Lock hospitals Punjab
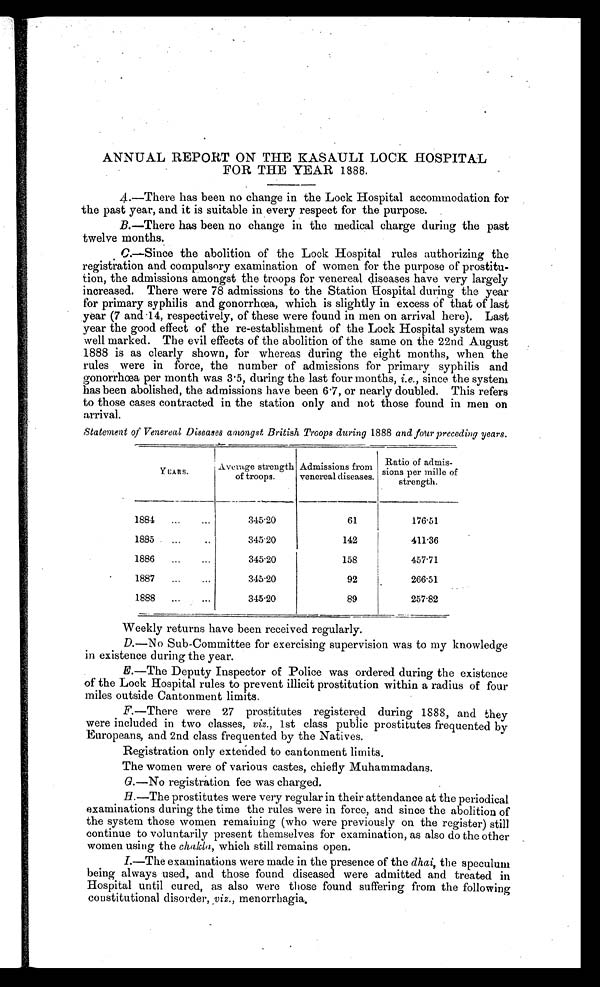
ANNUAL REPORT ON THE KASAULI LOCK HOSPITAL
FOR THE YEAR 1888.
A
.—There has been no change in the Lock Hospital accommodation for
the past year, and it is suitable in every respect for the purpose.
B. —There has been no change in the medical charge during the past
twelve months.
C.—Since the abolition of the Lock Hospital rules authorizing the
registration and compulsory examination of women for the purpose of prostitu--
tion, the admissions amongst the troops for venereal diseases have very largely
increased. There were 78 admissions to the Station Hospital during the year
for primary syphilis and gonorrhœa, which is slightly in excess of that of last
year (7 and .14, respectively, of these were found in men on arrival here). Last
year the good effect of the re-establishment of the Lock Hospital system was
well marked. The evil effects of the abolition of the same on the 22nd August
1888 is as clearly shown, for whereas during the eight months, when the
rules were in force, the number of admissions for primary syphilis and
gonorrhea per month was 3.5, during the last four months, i.e., since the system
has been abolished, the admissions have been 6.7, or nearly doubled. This refers
to those cases contracted in the station only and not those found in men on
arrival.
Statement of Venereal Diseases amongst British Troops during 1888 and four preceding years.
YEARS.
Average strength
of troops.
Admissions from
venereal diseases.
Ratio of admis -
sions per mille of
strength.
1884
...
. . .
345.20
61
176.51
1885
...
..
3 4 5 . 2 0
142
411.36
1886
...
...
345.20
158
457.71
1887
...
...
345.20
92
2 6 6 . 5 1
1888
. . .
...
345.20
89
257.82
Weekly returns have been received regularly.
D. —No Sub-Committee for exercising supervision was to my knowledge
in existence during the year.
E. —The Deputy Inspector of Police was ordered during the existence
of the Lock Hospital rules to prevent illicit prostitution within a radius of four
miles outside Cantonment limits.
F. —There were 27 prostitutes registered during 1888, and they
were included in two classes, viz. , 1st class public prostitutes frequented by
Europeans, and 2nd class frequented by the Natives.
Registration only extended to cantonment limits.
The women were of various castes, chiefly Muhammadans.
G. —No registration fee was charged.
H. —The prostitutes were very regular in their attendance at the periodical
examinations during the time the rules were in force, and since the abolition of
the system those women remaining (who were previously on the register) still
continue to voluntarily present themselves for examination, as also do the other
women using the chakla, which still remains open.
I.—The examinations were made in the presence of the dhai, the speculum
being always used, and those found diseased were admitted and treated in
Hospital until cured, as also were those found suffering from the following
constitutional disorder, viz ., menorrhagia.